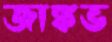
জাঙ্কভ